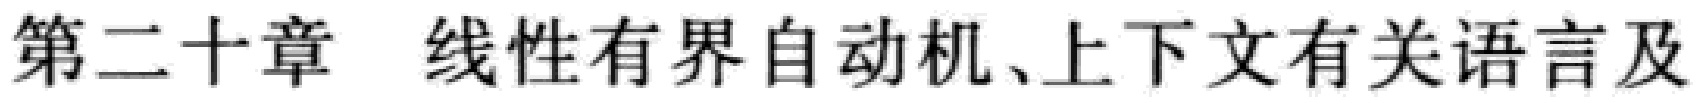
第二十章 线性有界自动机、上下文有关语言及